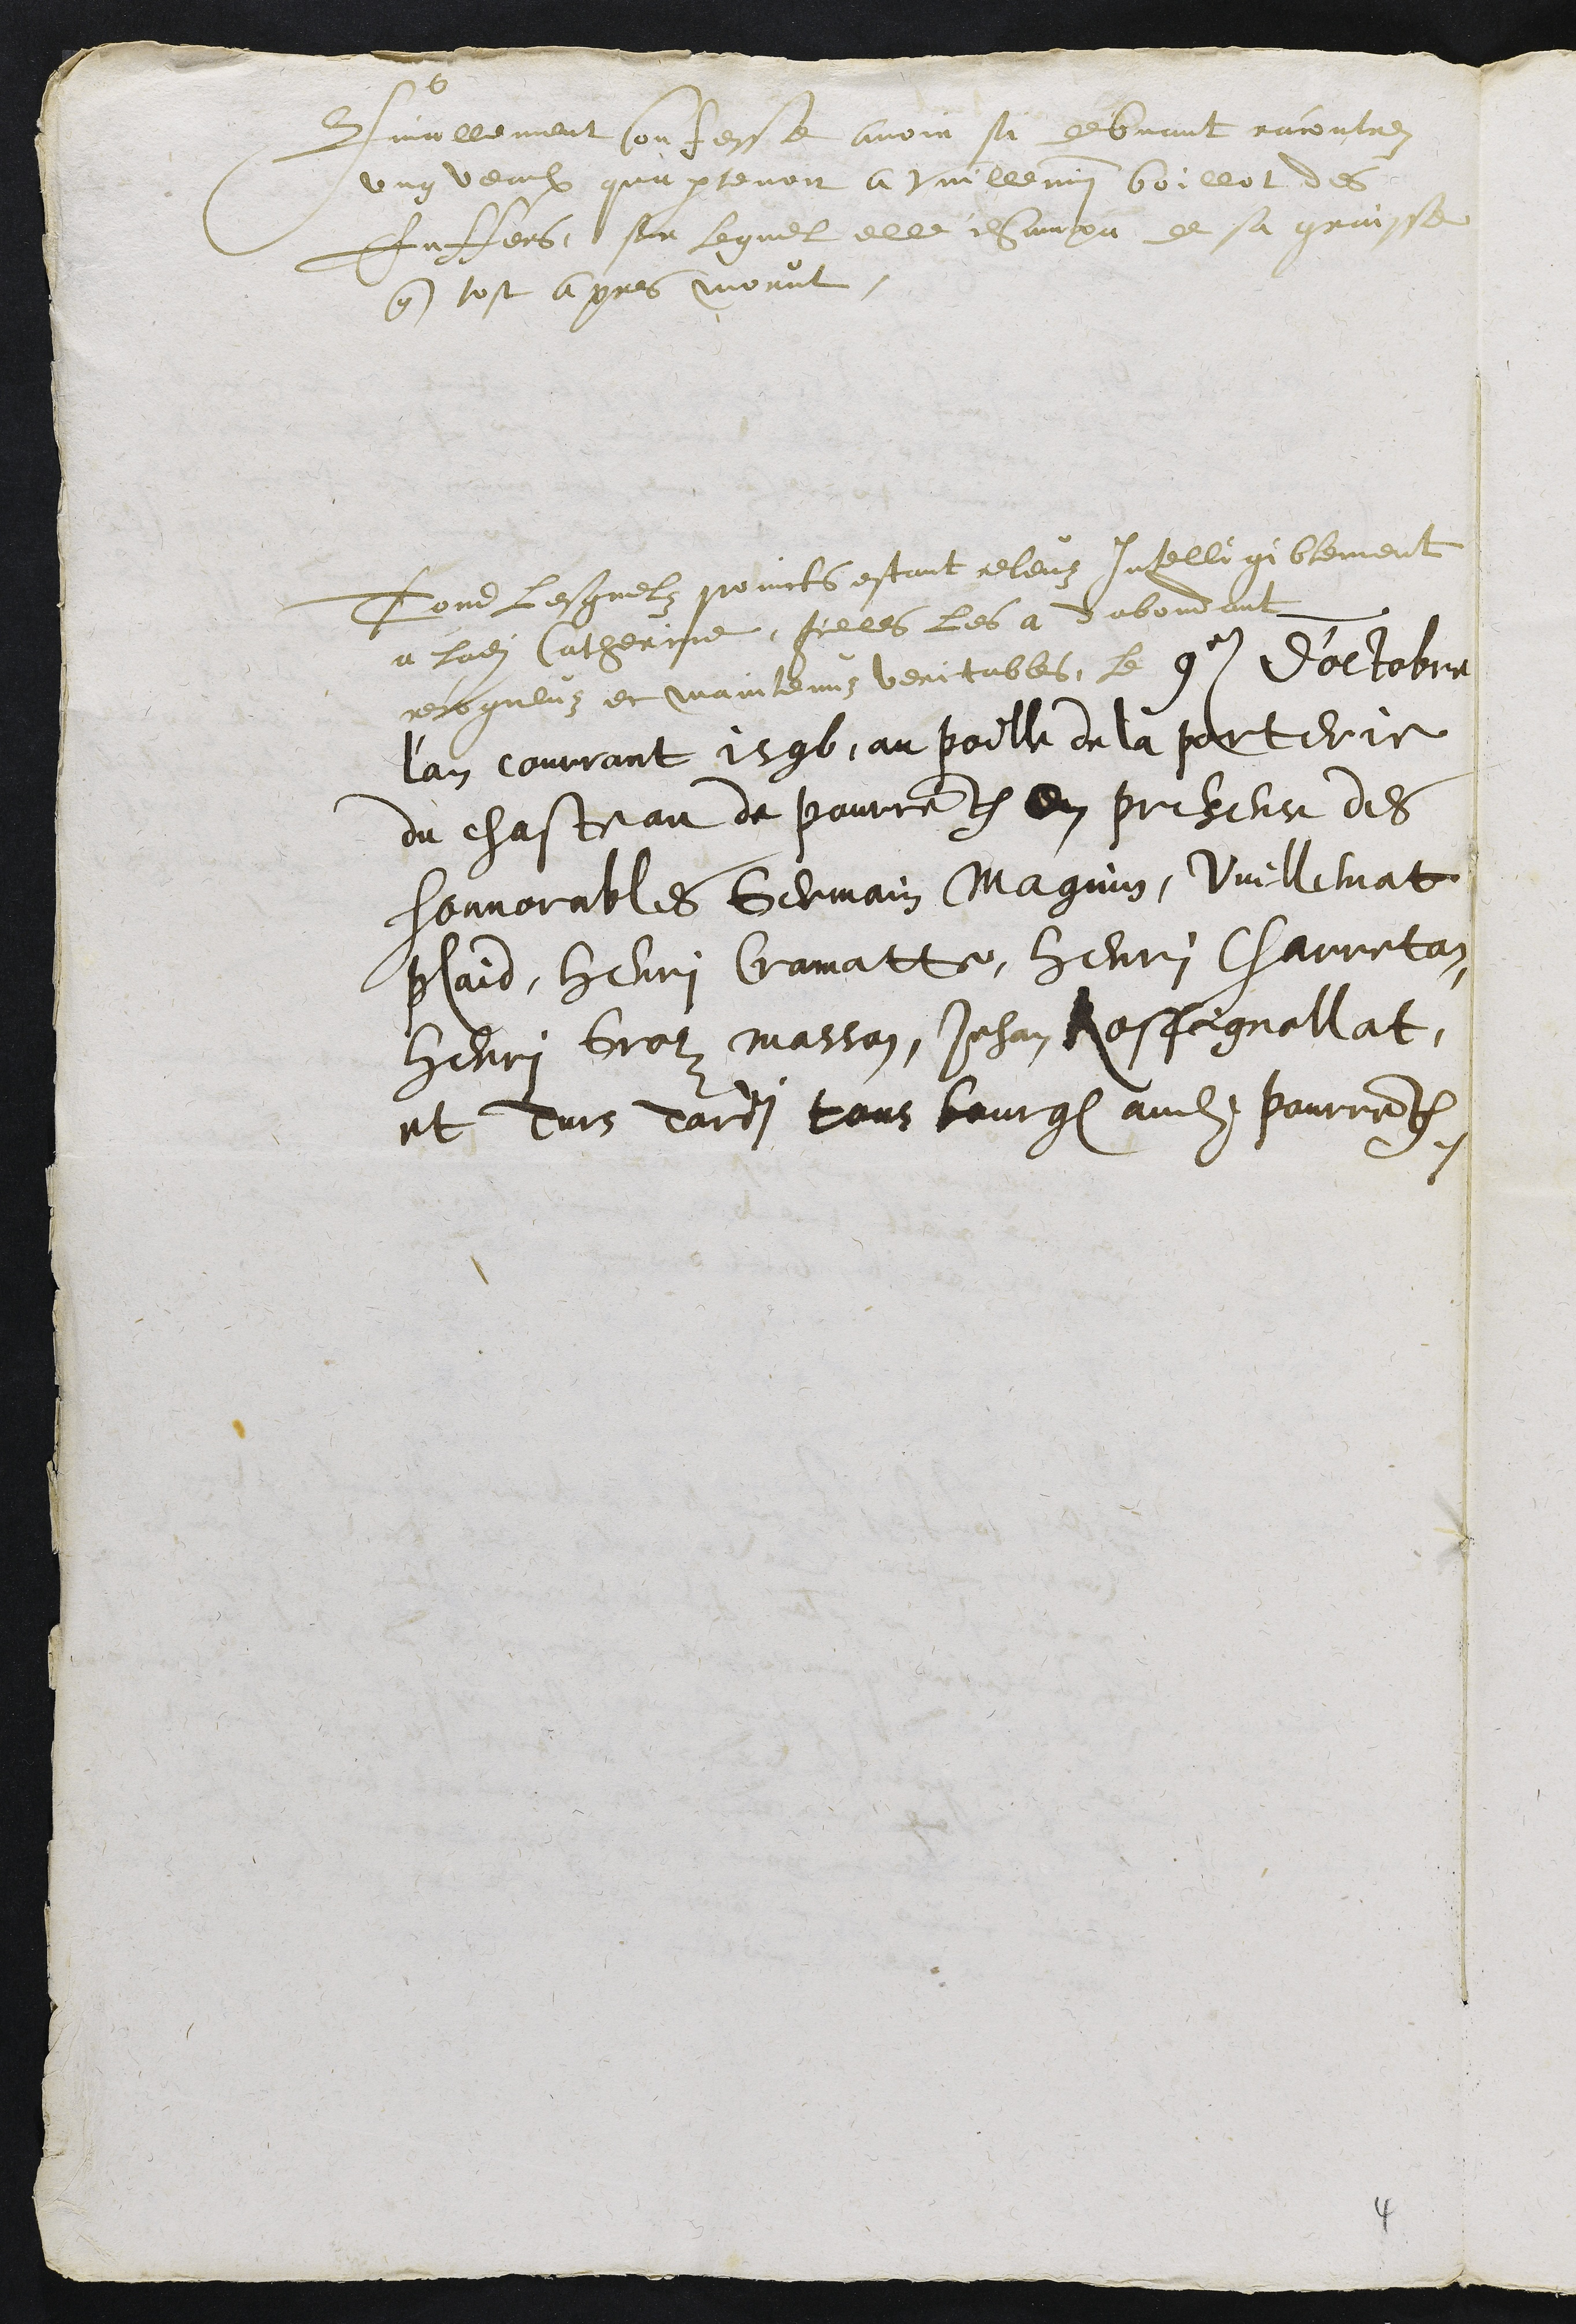
Finallement confesse avoir si debvant racontrez
ung veaulx quapartenoit a Vuillemin boillot des
Enffers, sur lequel elle champa de sa graisse
que tost apres morut.
Tous lesquelz poincts estant releuz intelligiblement
a ladite Catherine, icelles les a dabondant
recogneuz et maintenuz veritables, le 9e D'octobre
l'an courrant 1596, au poille de la porterie
du chasteau de Pourrentruy en presence des
honnorables Germain Magnin, Vuillemat
plaid, Henri Cramatte, Henry Charreton
Henri Groz masson, Jehan Rossignollat,
et Turs Tardi tous bourgeois audit Pourrentruy.

4